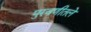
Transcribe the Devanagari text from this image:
पुरवणीतले